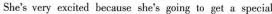
She's very excited because she's going to get a special